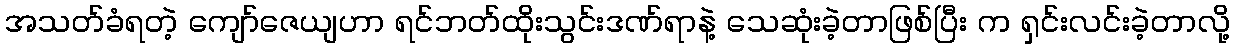
အသတ်ခံရတဲ့ ကျော်ဇေယျဟာ ရင်ဘတ်ထိုးသွင်းဒဏ်ရာနဲ့ သေဆုံးခဲ့တာဖြစ်ပြီး က ရှင်းလင်းခဲ့တာလို့